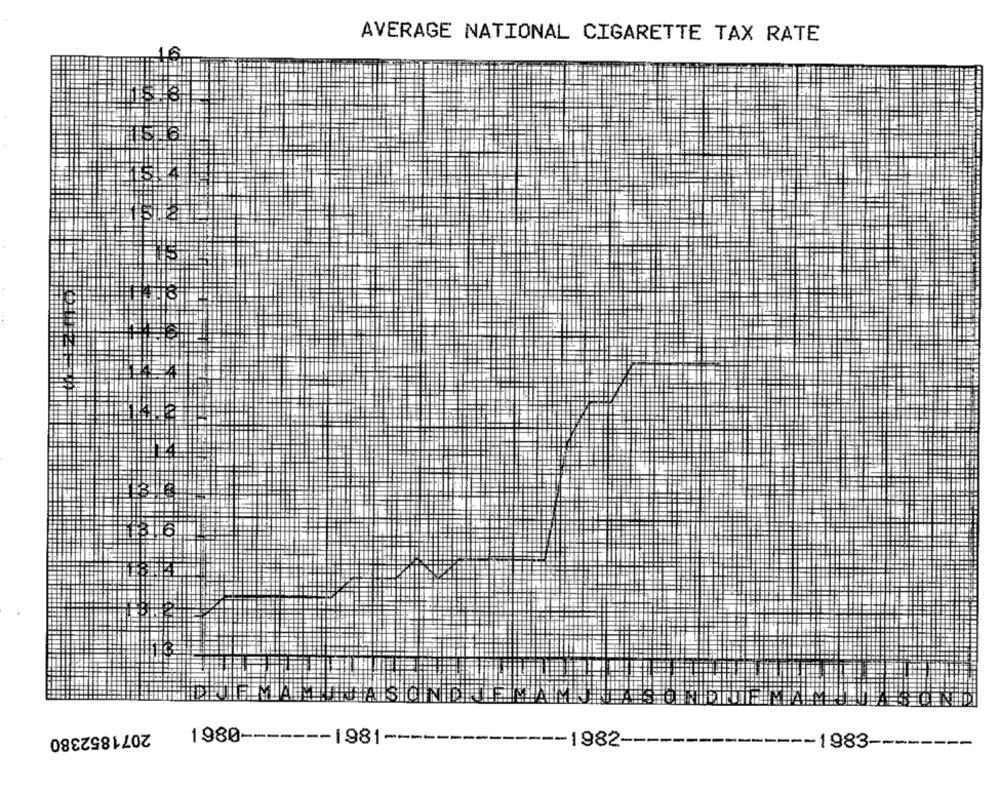
AVERAGE NATIONAL CIGARETTE TAX RATE
2071852380
1980 ------- 1981-
----
-1982-
-1983 --